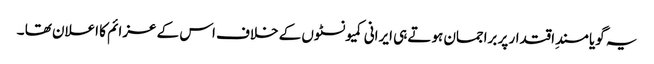
یہ گویا مسندِ اقتدار پر براجمان ہوتے ہی ایرانی کمیونسٹوں کے خلاف اس کے عزائم کا اعلان تھا ۔